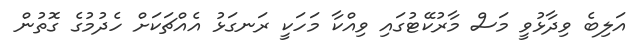
އަލިބެ ވިދާޅުވީ މަސް މާރުކޭޓުގައި ވިއްކާ މަހަކީ ރަނގަޅު އެއްޗަކަށް ހެދުމުގެ ގޮތުން